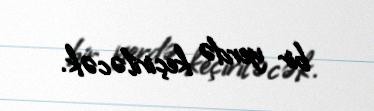
bir yerdə keçiriləcək.